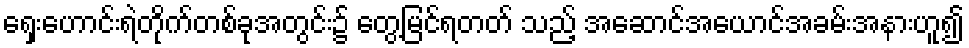
ရှေးဟောင်းရဲတိုက်တစ်ခုအတွင်း၌ တွေ့မြင်ရတတ် သည့် အဆောင်အယောင်အခမ်းအနားဟူ၍